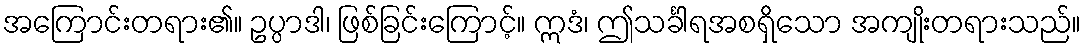
အကြောင်းတရား၏။ ဥပ္ပာဒါ၊ ဖြစ်ခြင်းကြောင့်။ ဣဒံ၊ ဤသင်္ခါရအစရှိသော အကျိုးတရားသည်။